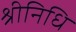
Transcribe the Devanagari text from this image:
श्रीनिधि